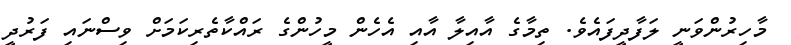
މާހިރުންވަނީ ލަފާދީފައެވެ. ތިމާގެ އާއިލާ އާއި އެހެން މީހުންގެ ރައްކާތެރިކަމަށް ވިސްނައި ފަރުދީ